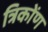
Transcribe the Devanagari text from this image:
त्रिकोंण